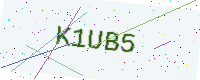
Text: K1UB5